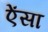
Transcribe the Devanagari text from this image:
ऐंसा